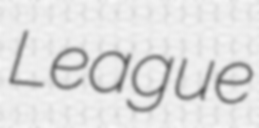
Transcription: League